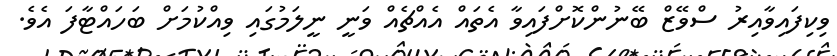
ވިކިފައިވާއިރު ސްވޭޒް ބޭނުންކޮށްފައިވާ އެތައް އެއްޗެއް ވަނީ ނީލަމުގައި ވިއްކުމަށް ބަހައްޓާފަ އެވެ.